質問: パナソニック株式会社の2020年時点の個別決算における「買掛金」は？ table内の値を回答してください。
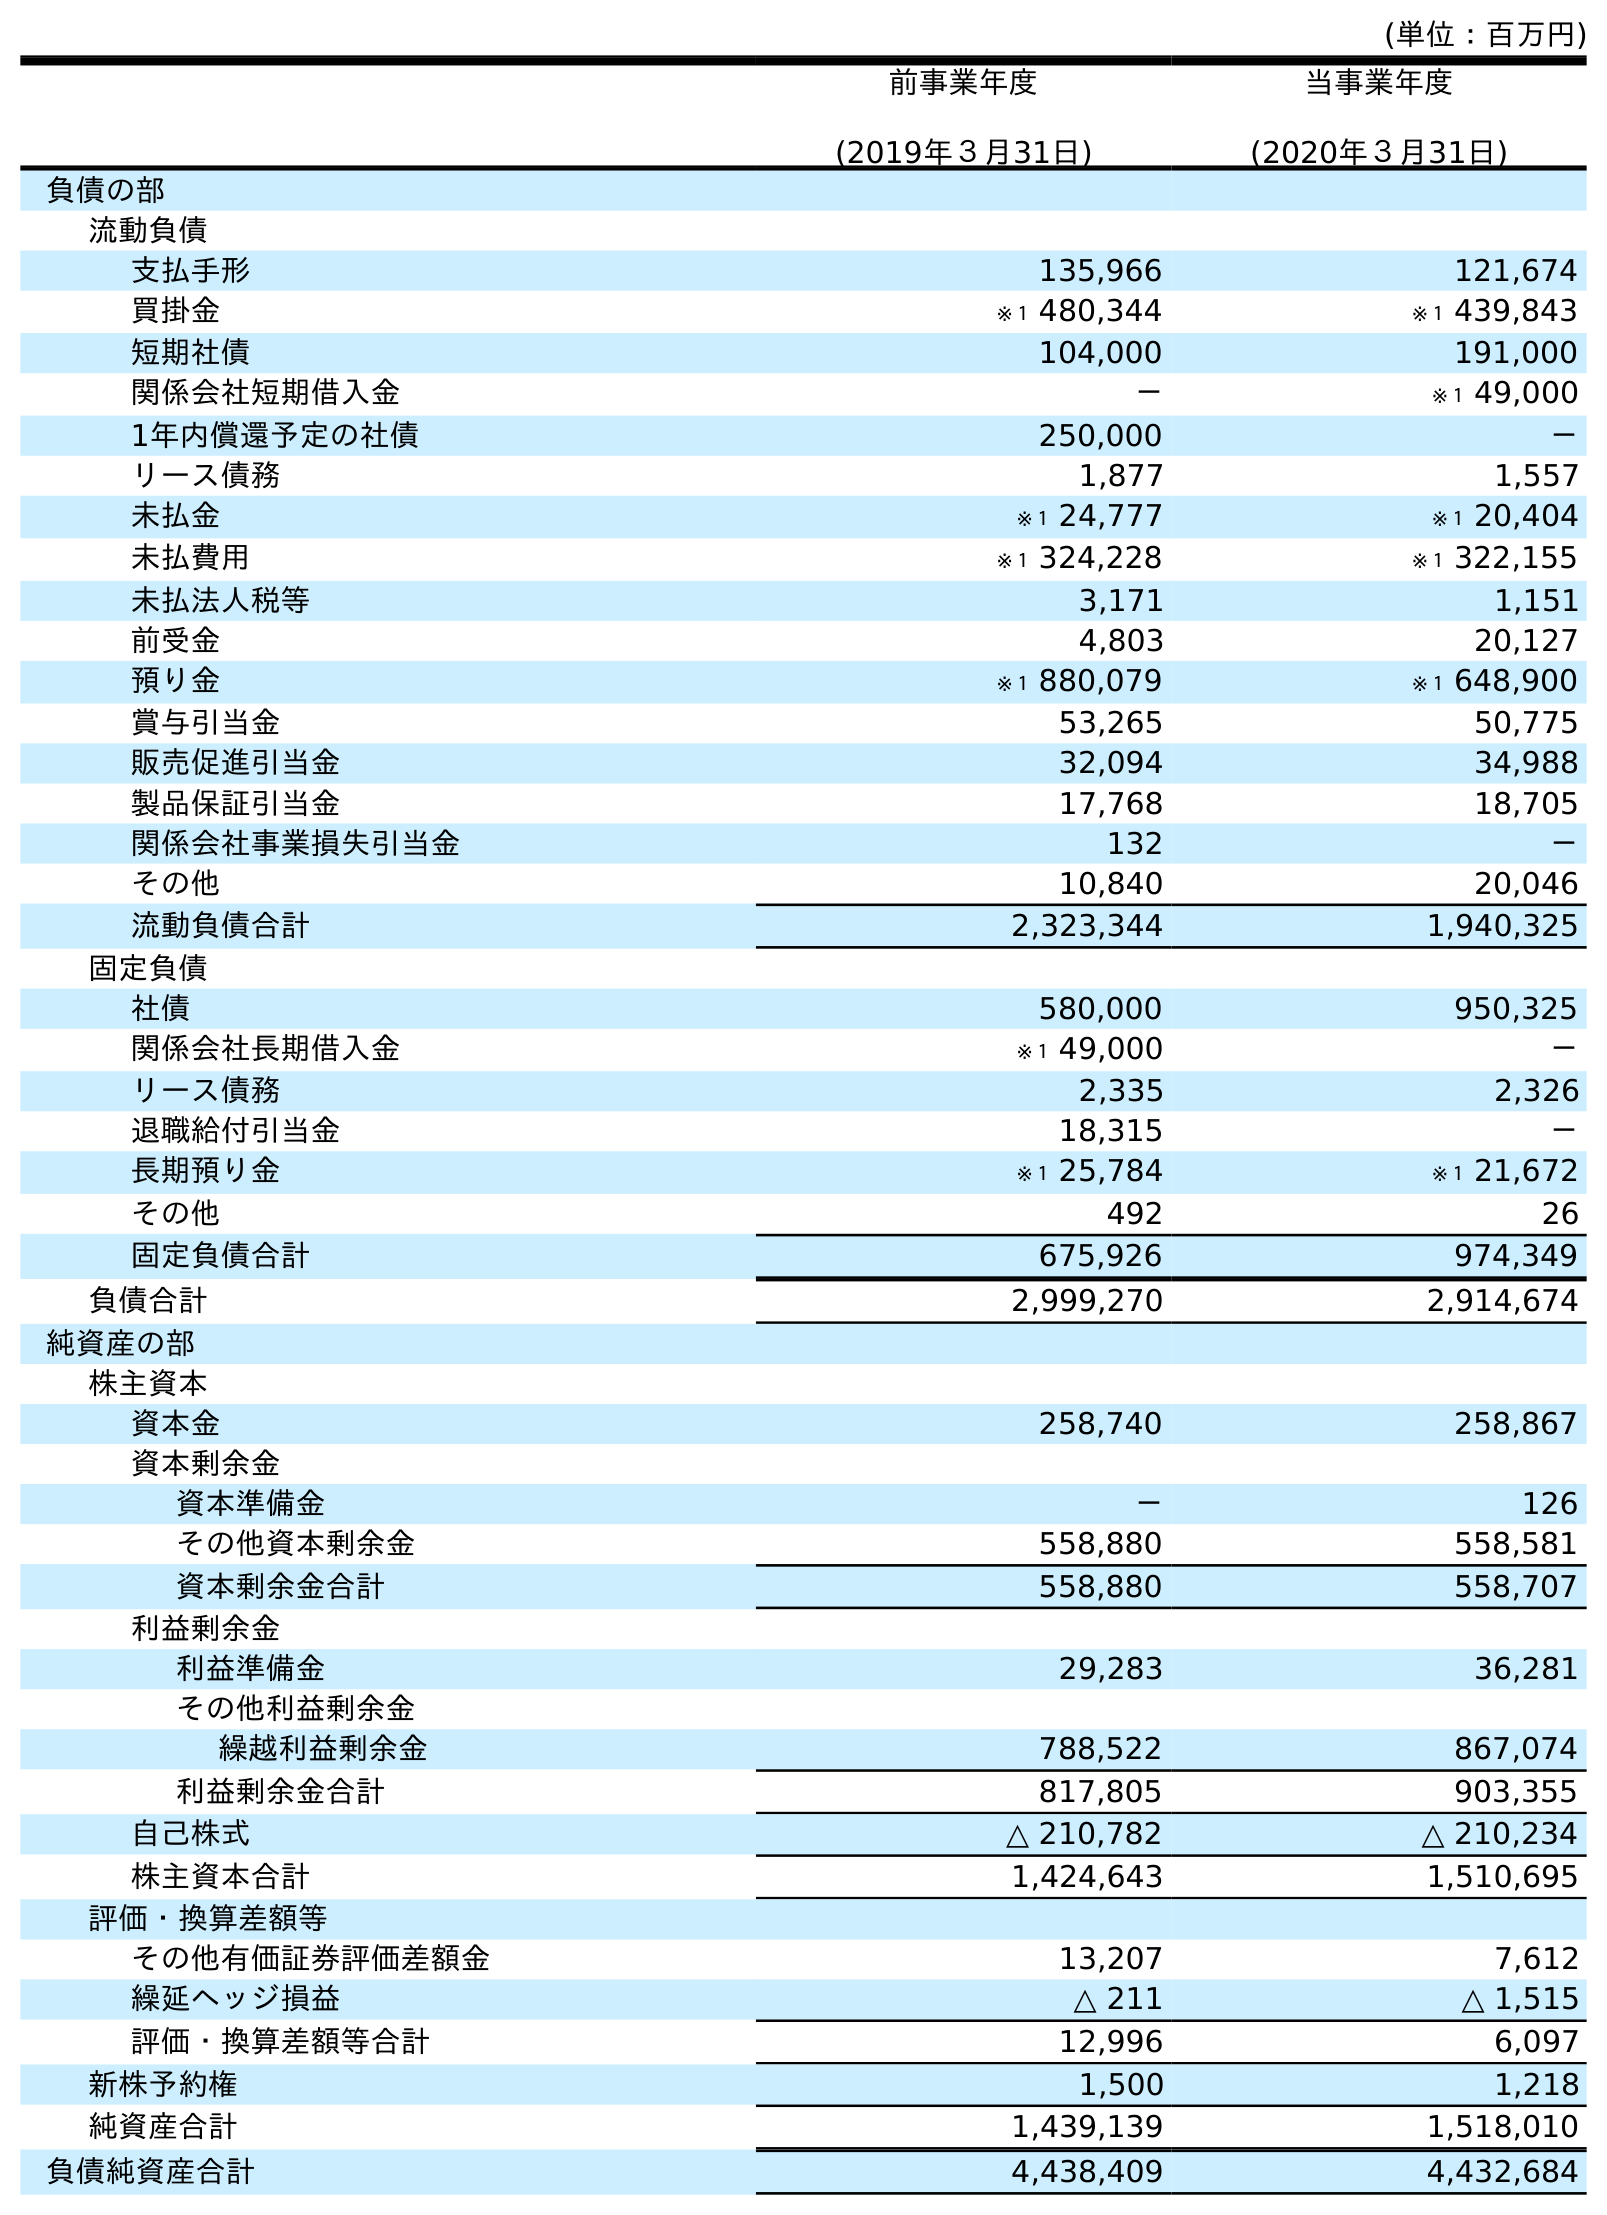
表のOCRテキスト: (単位：百万円) 前事業年度 (2019年３月31日) 当事業年度 (2020年３月31日) 負債の部 流動負債 支払手形 135,966 121,674 買掛金 ※１ 480,344 ※１ 439,843 短期社債 104,000 191,000 関係会社短期借入金 － ※１ 49,000 1年内償還予定の社債 250,000 － リース債務 1,877 1,557 未払金 ※１ 24,777 ※１ 20,404 未払費用 ※１ 324,228 ※１ 322,155 未払法人税等 3,171 1,151 前受金 4,803 20,127 預り金 ※１ 880,079 ※１ 648,900 賞与引当金 53,265 50,775 販売促進引当金 32,094 34,988 製品保証引当金 17,768 18,705 関係会社事業損失引当金 132 － その他 10,840 20,046 流動負債合計 2,323,344 1,940,325 固定負債 社債 580,000 950,325 関係会社長期借入金 ※１ 49,000 － リース債務 2,335 2,326 退職給付引当金 18,315 － 長期預り金 ※１ 25,784 ※１ 21,672 その他 492 26 固定負債合計 675,926 974,349 負債合計 2,999,270 2,914,674 純資産の部 株主資本 資本金 258,740 258,867 資本剰余金 資本準備金 － 126 その他資本剰余金 558,880 558,581 資本剰余金合計 558,880 558,707 利益剰余金 利益準備金 29,283 36,281 その他利益剰余金 繰越利益剰余金 788,522 867,074 利益剰余金合計 817,805 903,355 自己株式 △ 210,782 △ 210,234 株主資本合計 1,424,643 1,510,695 評価・換算差額等 その他有価証券評価差額金 13,207 7,612 繰延ヘッジ損益 △ 211 △ 1,515 評価・換算差額等合計 12,996 6,097 新株予約権 1,500 1,218 純資産合計 1,439,139 1,518,010 負債純資産合計 4,438,409 4,432,684
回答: ※１439,843